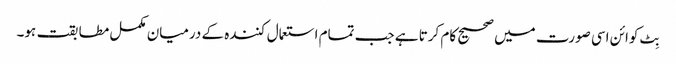
بِٹ کوائن اسی صورت میں صحیح کام کرتا ہے جب تمام استعمال کنندہ کے درمیان مکمل مطابقت ہو۔